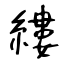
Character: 縷